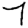
Digit: 7